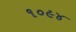
૧૦૯૪